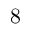
8